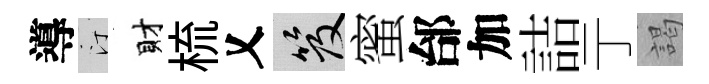
導汀財梳乂笈蜜邰加詰亍謁